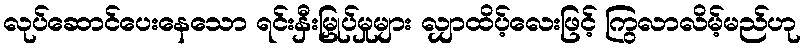
လုပ်ဆောင်ပေးနေသော ရင်းနှီးမြှုပ်မှုများ လျှာထိပ့်လေးဖြင့် ကြွလာလိမ့်မည်ဟု